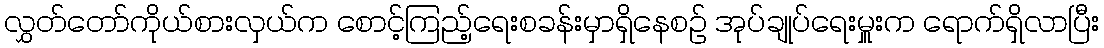
လွှတ်တော်ကိုယ်စားလှယ်က စောင့်ကြည့်ရေးစခန်းမှာရှိနေစဉ် အုပ်ချုပ်ရေးမှူးက ရောက်ရှိလာပြီး